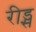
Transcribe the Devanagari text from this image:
रीड्स